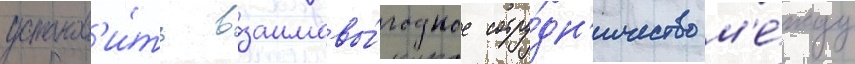
установ'и́ть взаимовы́годное сотру́дн'ичество м'е́жду